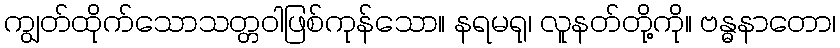
ကျွတ်ထိုက်သောသတ္တဝါဖြစ်ကုန်သော။ နရမရု၊ လူနတ်တို့ကို။ ဗန္ဓနာတော၊